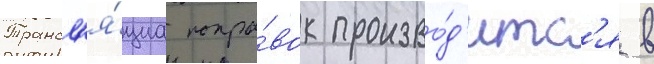
Трансл'я́циа попра́вок произво́д'итс'я в